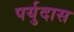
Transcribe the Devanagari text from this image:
पर्युदास